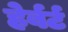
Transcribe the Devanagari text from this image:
हेर्बर्ट